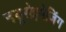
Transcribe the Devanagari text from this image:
नयूरोइमेजिंग